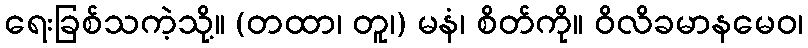
ရေးခြစ်သကဲ့သို့။ (တထာ၊ တူ၊) မနံ၊ စိတ်ကို။ ဝိလိခမာနမေဝ၊